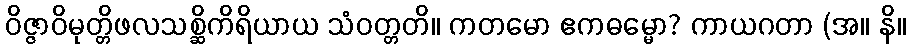
ဝိဇ္ဇာဝိမုတ္တိဖလသစ္ဆိကိရိယာယ သံဝတ္တတိ။ ကတမော ဧကဓမ္မော? ကာယဂတာ (အ။ နိ။